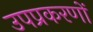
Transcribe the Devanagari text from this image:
उपप्रकरणों